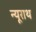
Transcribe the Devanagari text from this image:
न्यूराथ